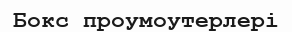
Бокс проумоутерлері